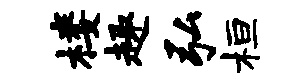
楼趣弘桓